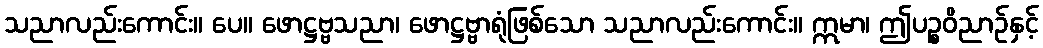
သညာလည်းကောင်း။ ပေ။ ဖောဋ္ဌဗ္ဗသညာ၊ ဖောဋ္ဌဗ္ဗာရုံဖြစ်သော သညာလည်းကောင်း။ ဣမာ၊ ဤပဉ္စဝိညာဉ်နှင့်